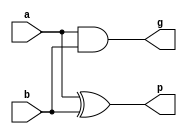
module PGGen(output g, p, input a, b);
 
  and #(1) (g, a, b);
  xor #(2) (p, a, b);
 
endmodule